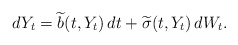
\begin{align*}dY_t = \widetilde{b}(t, Y_t)\,dt + \widetilde{\sigma}(t, Y_t)\,dW_t.\end{align*}